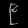
Digit: ၉